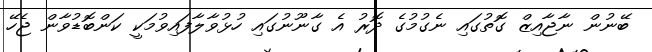
ބޭނުން ނާޖާއިޒް ގޮތުގައި ނެގުމުގެ ދޮރު އެ ގާނޫނުގައި ހުޅުވާލާފައިވުމަކީ ކަންބޮޑުވާން ޖެހޭ